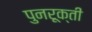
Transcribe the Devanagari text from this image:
पुनरूक्ती